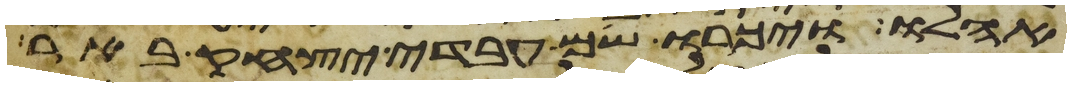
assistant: אהלו ויכרו שם עבדי יצחק באר